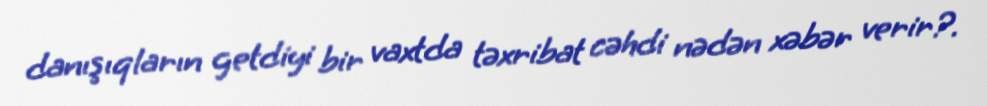
danışıqların getdiyi bir vaxtda təxribat cəhdi nədən xəbər verir?.